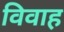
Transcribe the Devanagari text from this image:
विवाह